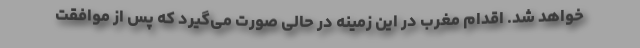
خواهد شد. اقدام مغرب در این زمینه در حالی صورت می‌گیرد که پس از موافقت